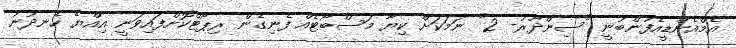
އެމްއެންޑީއެފުންބުނީ "ސިންދޫރު- 2" ނަމަކަށް ކިޔާ މަސްބޯޓެއް ފެނިގެން ރިޕޯޓްކޮށްފައިވަނީ އިއްޔެ ހެނދުނު